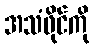
အသံဖိုင်ကို